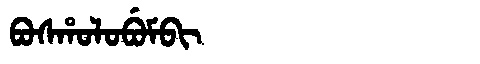
Manchu: ᠪᠣᠰᡥᠣᠯᠣᠪᡠᠮᠪᡳ
Romanization: BOSHOLOBUMBI